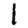
Digit: 1